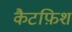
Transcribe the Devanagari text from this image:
कैटफ़िश